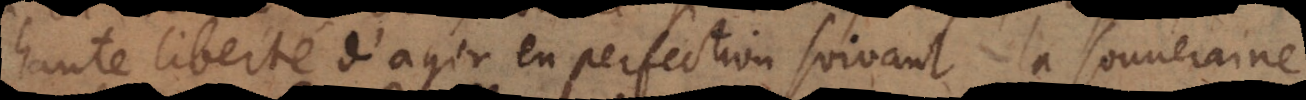
haute liberté d’agir en perfection suivant la souveraine